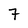
Character: 7